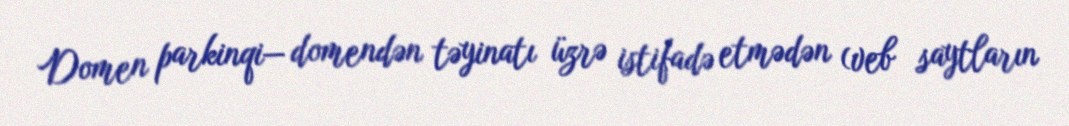
Domen parkinqi— domendən təyinatı üzrə istifadə etmədən (veb saytların